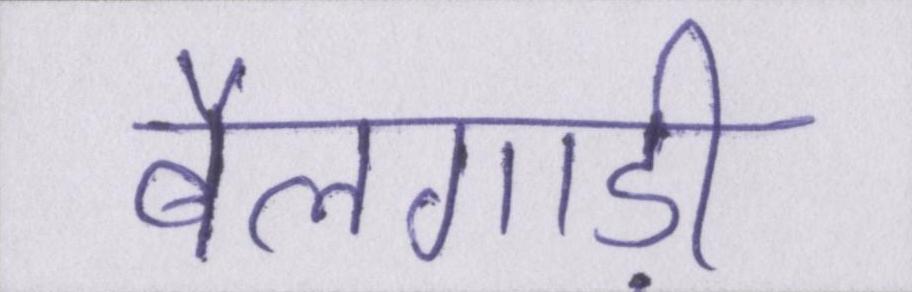
बैलगाड़ी